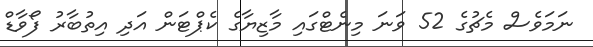
ނަމަވެސް މެޗުގެ 52 ވަނަ މިނެޓްގައި މާޒިޔާގެ ކެޕްޓަން އަދި އިތުބާރު ފޯވާޑް